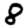
Digit: 8